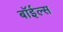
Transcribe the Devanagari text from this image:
बॉईल्स